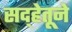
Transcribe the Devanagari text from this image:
सद्हेतूने